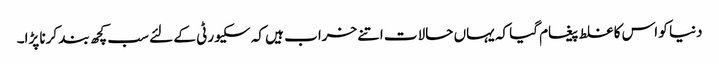
دنیا کو اس کا غلط پیغام گیا کہ یہاں حالات اتنے خراب ہیں کہ سکیورٹی کے لئے سب کچھ بند کرنا پڑا۔